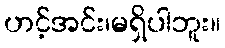
ဟင့်အင်း၊မရှိပါဘူး။